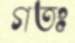
গতঃ